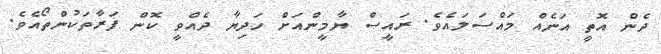
ދެން އޮތީ އަނެއް މައްސަލައެވެ. ރައީސް ޔާމީންއަށް ހަދިޔާ ދެއްވީ ކޮން ފަރާތަކުންތޯއެވެ.